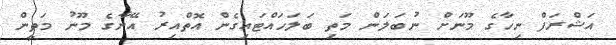
އަޝްރަފް ނިހާގެ މޫނަށް ނުބަލަން މަތި ބަލަހައްޓައިގެން އޮތްއިރު އޭނާގެ މޫނު މަތީން